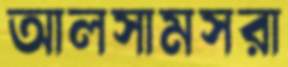
আলসামসরা